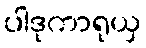
ပါဒုကာရုယှ